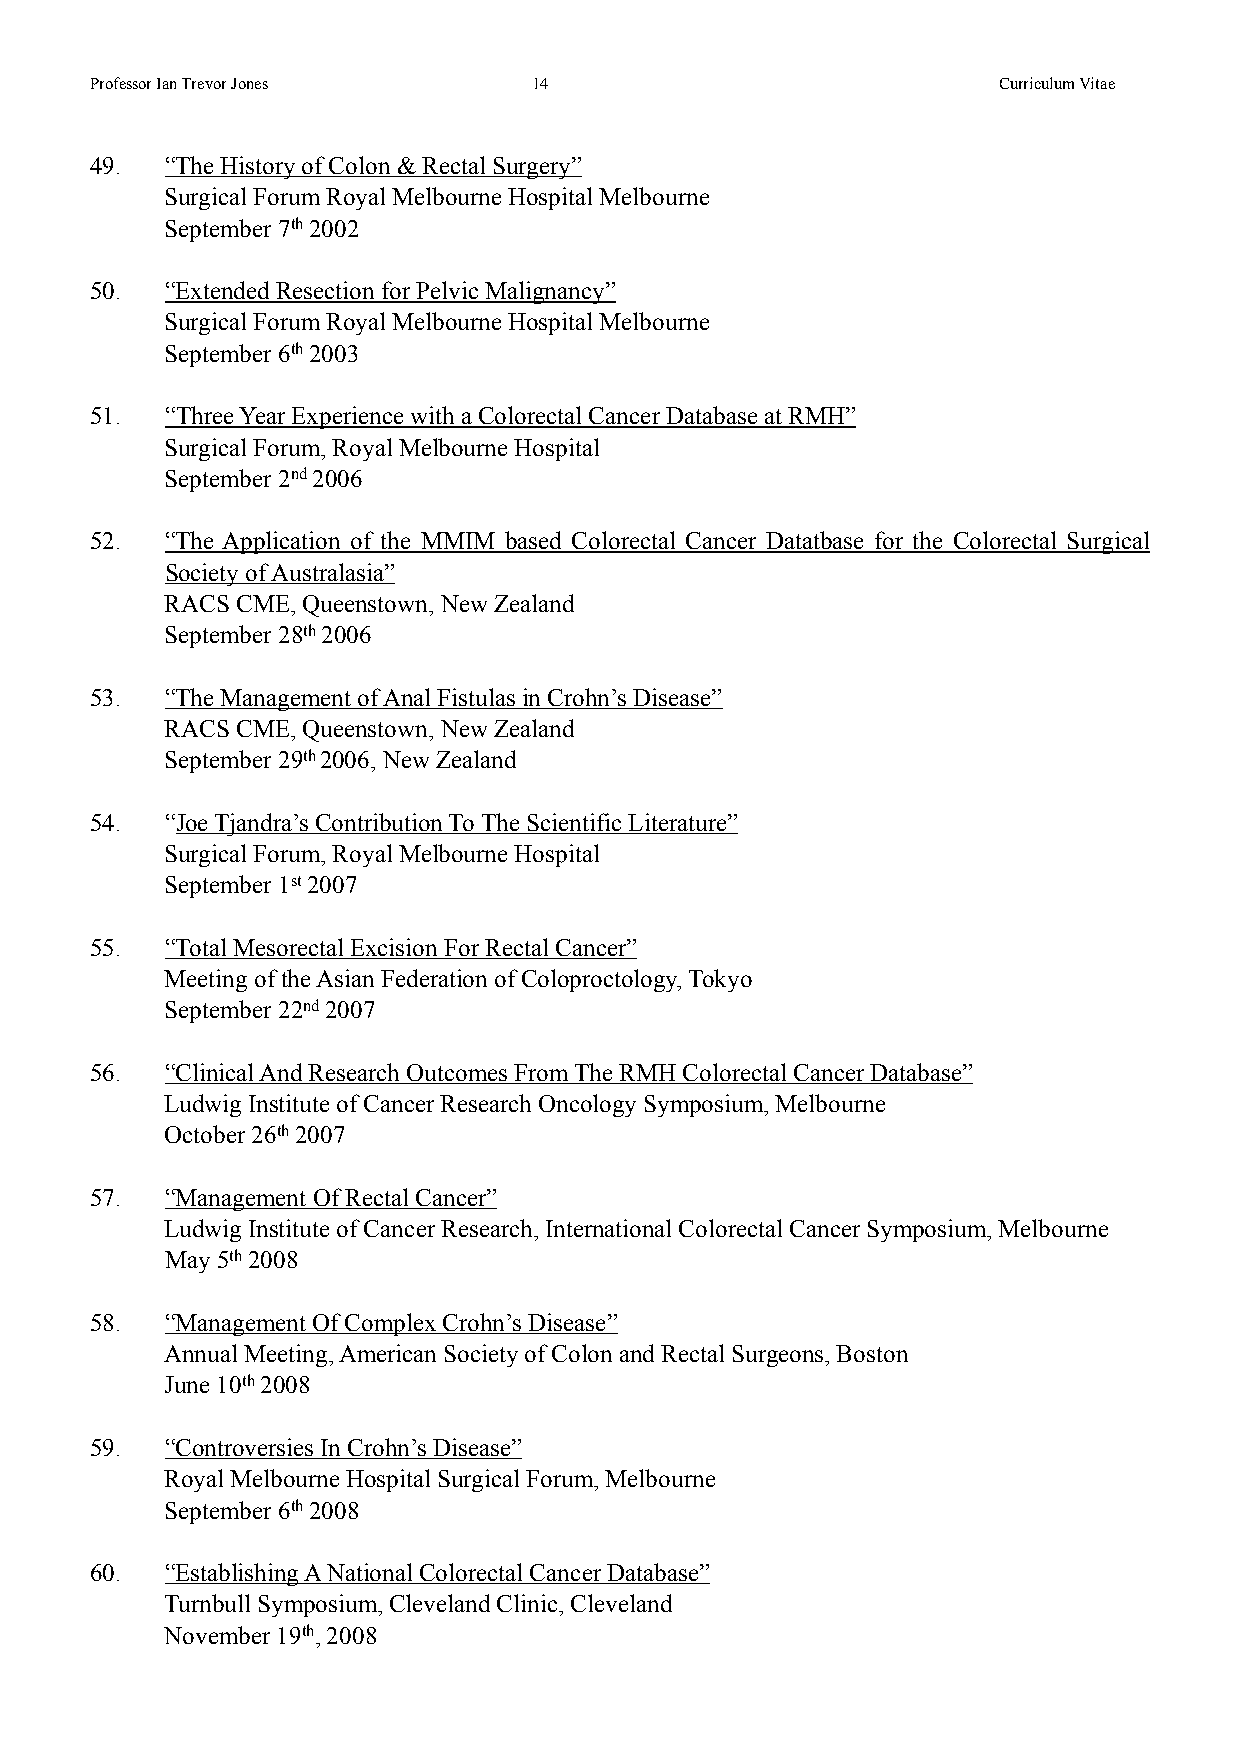
!
 Professor Ian Trevor Jones   !14                            Curriculum Vitae
 !
 49.  “The History of Colon & Rectal Surgery”
 Surgical Forum Royal Melbourne Hospital Melbourne
 September 7th 2002
 !
 50.  “Extended Resection for Pelvic Malignancy”
 Surgical Forum Royal Melbourne Hospital Melbourne
 September 6th 2003
 !
 51.  “Three Year Experience with a Colorectal Cancer Database at RMH”
 Surgical Forum, Royal Melbourne Hospital
 September 2nd 2006
 !
 52.  “The Application of the MMIM based Colorectal Cancer Datatbase for the Colorectal Surgical
 Society of Australasia”
 RACS CME, Queenstown, New Zealand
 September 28th 2006
 !
 53.  “The Management of Anal Fistulas in Crohn’s Disease”
 RACS CME, Queenstown, New Zealand
 September 29th 2006, New Zealand
 !
 54.  “Joe Tjandra’s Contribution To The Scientific Literature”
 Surgical Forum, Royal Melbourne Hospital
 September 1st 2007
 !
 55.  “Total Mesorectal Excision For Rectal Cancer”
 Meeting of the Asian Federation of Coloproctology, Tokyo
 September 22nd 2007
 !
 56.  “Clinical And Research Outcomes From The RMH Colorectal Cancer Database”
 Ludwig Institute of Cancer Research Oncology Symposium, Melbourne
 October 26th 2007
 !
 57.  “Management Of Rectal Cancer”
 Ludwig Institute of Cancer Research, International Colorectal Cancer Symposium, Melbourne
 May 5th 2008
 !
 58.  “Management Of Complex Crohn’s Disease”
 Annual Meeting, American Society of Colon and Rectal Surgeons, Boston
 June 10th 2008
 !
 59.  “Controversies In Crohn’s Disease”
 Royal Melbourne Hospital Surgical Forum, Melbourne
 September 6th 2008
 !
 60.  “Establishing A National Colorectal Cancer Database”
 Turnbull Symposium, Cleveland Clinic, Cleveland
 November 19th, 2008
 !